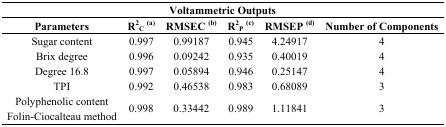
| <COLSPAN=6> Voltammetric Outputs |
 | Parameters | R2C(a) | RMSEC (b) | R2P(c) | RMSEP (d) | Number of Components |
 | --- | --- | --- | --- | --- | --- |
 | Sugar content | 0.997 | 0.99187 | 0.945 | 4.24917 | 4 |
 | Brix degree | 0.996 | 0.09242 | 0.935 | 0.40019 | 4 |
 | Degree 16.8 | 0.997 | 0.05894 | 0.946 | 0.25147 | 4 |
 | TPI | 0.992 | 0.46538 | 0.983 | 0.68089 | 3 |
 | Polyphenolic content | <ROWSPAN=2> 0.998 | <ROWSPAN=2> 0.33442 | <ROWSPAN=2> 0.989 | <ROWSPAN=2> 1.11841 | <ROWSPAN=2> 3 |
 | Folin-Ciocalteau method |